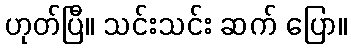
ဟုတ်ပြီ။ သင်းသင်း ဆက် ပြော။